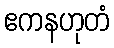
ဧကနဟုတံ